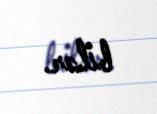
bilər.